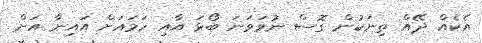
އެކެއް ދޭއް ތިނަކުން ގޮސް ނުވަވަނަ ބޯޅަ އާއި ހަމައަށް އައިނާ އަށް